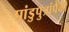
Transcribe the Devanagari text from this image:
पांडुपुत्रांपैकी